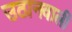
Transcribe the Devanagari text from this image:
उठानवाली